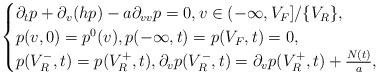
LaTeX: \begin{align*} \begin{cases} \partial_{t}p+\partial_{v}(hp)-a\partial_{v v}p=0,v\in(-\infty,V_F]/\{V_R\},\\ p(v,0)=p^0(v),p(-\infty,t)=p(V_F,t)=0,\\ p(V^-_R,t)=p(V^+_R,t),\partial _vp(V^-_R,t)=\partial _vp(V^+_R,t)+\frac{N(t)}{a},\\ \end{cases}\end{align*}